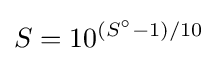
S=10^{\left({S^{\circ }-1}\right)/10}